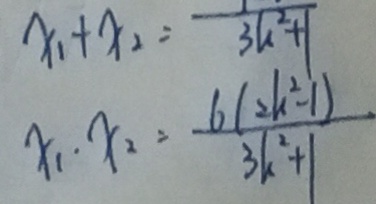
x _ { 1 } \cdot x _ { 2 } = \frac { 6 ( 2 k ^ { 2 } - 1 ) } { 3 k ^ { 2 } + 1 }